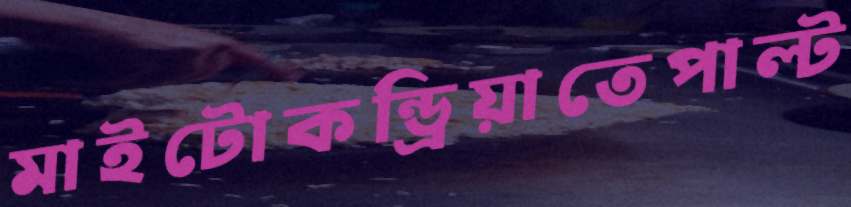
মাইটোকন্ড্রিয়াতেপাল্ট